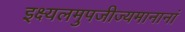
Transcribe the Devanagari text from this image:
इक्ष्यलमुपजीज्यमानानां